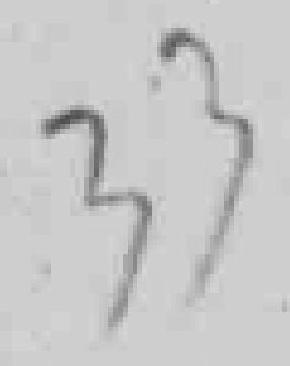
33